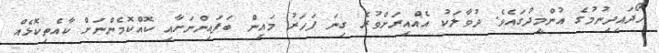
ހޯދައިދިނުމުގެ އުންމީދުގައެވެ. ދުވާލަކު އެއްއިރަށްވުރެ ގިނަ ފަހަރު މައިން ބަފައިންނަށާއި ކޮއްކޮމެންނަށް ކާއެތިކޮޅެއް